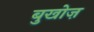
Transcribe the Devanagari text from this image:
बुखोज़